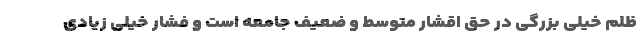
ظلم خیلی بزرگی در حق اقشار متوسط و ضعیف جامعه است و فشار خیلی زیادی